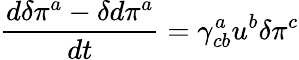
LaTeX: \frac{d\delta\pi^{a}-\delta d\pi^{a}}{dt}=\gamma_{cb}^{a}u^{b}\delta\pi^{c}